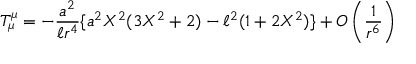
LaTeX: T _ { \mu } ^ { \mu } = - \frac { a ^ { 2 } } { \ell r ^ { 4 } } \{ a ^ { 2 } X ^ { 2 } ( 3 X ^ { 2 } + 2 ) - \ell ^ { 2 } ( 1 + 2 X ^ { 2 } ) \} + O \left( \frac { 1 } { r ^ { 6 } } \right)